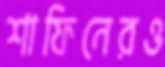
শাফিনেরও